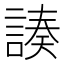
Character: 𧩻